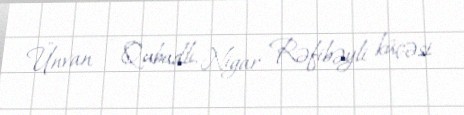
Ünvan — Qubadlı, Nigar Rəfibəyli küçəsi